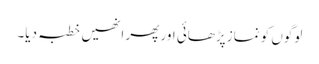
لوگوں کو نماز پڑھائی اور پھر انھیں خطبہ دیا۔